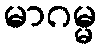
မာဂမ္မ